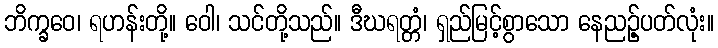
ဘိက္ခဝေ၊ ရဟန်းတို့။ ဝေါ၊ သင်တို့သည်။ ဒီဃရတ္တံ၊ ရှည်မြင့်စွာသော နေညဉ့်ပတ်လုံး။